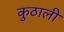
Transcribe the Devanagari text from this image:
कुठाली